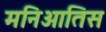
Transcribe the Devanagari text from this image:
मनिआतिस